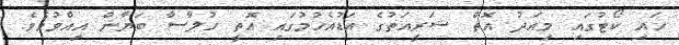
ހައި ކޯޓުގައި މިއަދު އޮތް ޝަރީއަތުގެ އަޑުއެހުމުގައި އޮތީ ހުލާސާ ބަޔާން އިއްވުމެވެ.